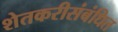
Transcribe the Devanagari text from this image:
शेतकरीसंबंधित